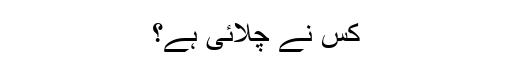
کس نے چلائی ہے؟